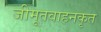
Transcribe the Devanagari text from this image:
जीमूतवाहनकृत